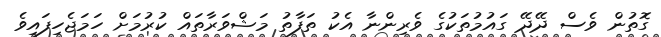
ގޮތުން ވެސް ދޭދޭ ގައުމުތަކުގެ ވެރިންނާ އެކު ތަފާތު މަޝްވަރާތައް ކުރުމަށް ހަމަޖެހިފައިވެ